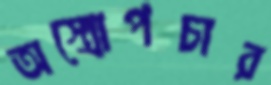
অস্ত্রোপচার